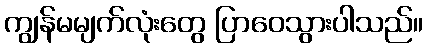
ကျွန်မမျက်လုံးတွေ ပြာဝေသွားပါသည်။